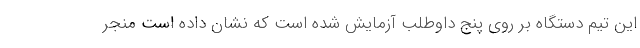
این تیم دستگاه بر روی پنج داوطلب آزمایش شده است که نشان داده است منجر